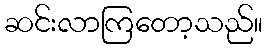
ဆင်းလာကြတော့သည်။